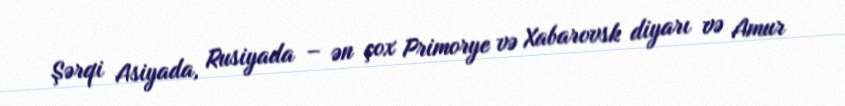
Şərqi Asiyada, Rusiyada – ən çox Primorye və Xabarovsk diyarı və Amur